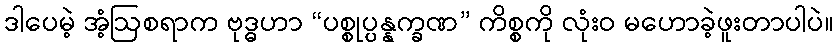
ဒါပေမဲ့ အံ့ဩစရာက ဗုဒ္ဓဟာ “ပစ္စုပ္ပန္နက္ခဏ” ကိစ္စကို လုံးဝ မဟောခဲ့ဖူးတာပါပဲ။